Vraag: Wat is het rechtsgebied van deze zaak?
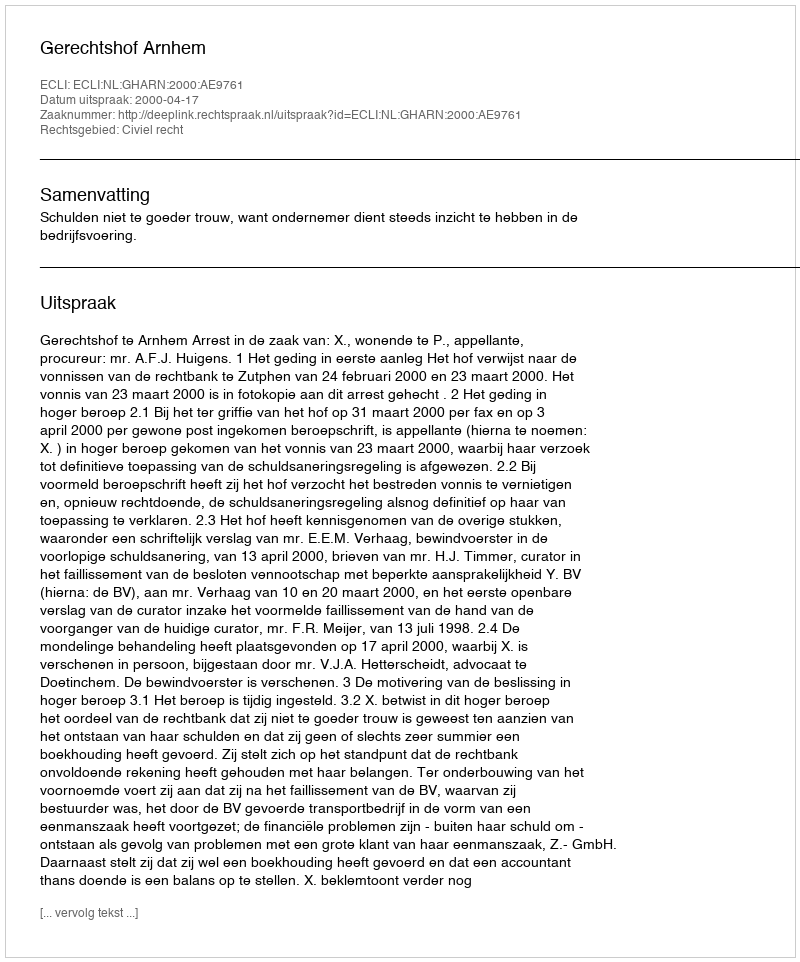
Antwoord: Civiel recht